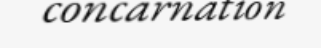
concarnation